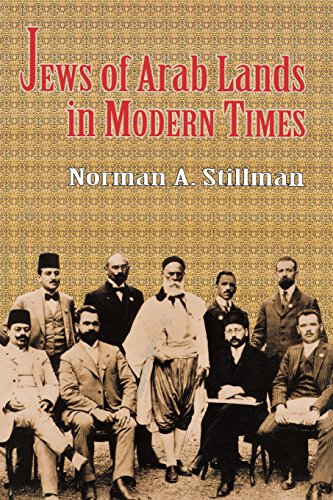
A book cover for The Jews of Arab Lands in Modern Times; Norman A. Stillman; History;